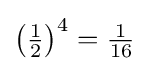
{\bigl (}{\tfrac {1}{2}}{\bigr )}^{4}={\tfrac {1}{16}}